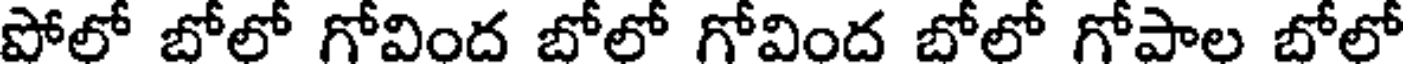
పోలో బోలో గోవింద బోలో గోవింద బోలో గోపాల బోలో